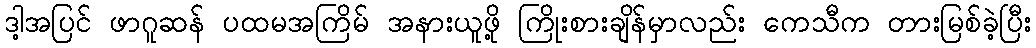
ဒါ့အပြင် ဖာဂူဆန် ပထမအကြိမ် အနားယူဖို့ ကြိုးစားချိန်မှာလည်း ကေသီက တားမြစ်ခဲ့ပြီး